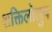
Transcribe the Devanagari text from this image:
शक्तिलोलुप